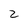
Character: 2